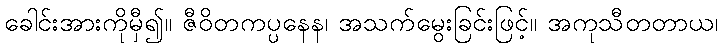
ခေါင်းအားကိုမှီ၍။ ဇီဝိတကပ္ပနေန၊ အသက်မွေးခြင်းဖြင့်။ အကုသီတတာယ၊